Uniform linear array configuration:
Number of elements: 16
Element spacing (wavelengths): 0.75
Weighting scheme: kaiser
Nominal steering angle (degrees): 45
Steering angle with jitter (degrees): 45.546
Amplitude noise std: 0.05
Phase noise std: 0.05

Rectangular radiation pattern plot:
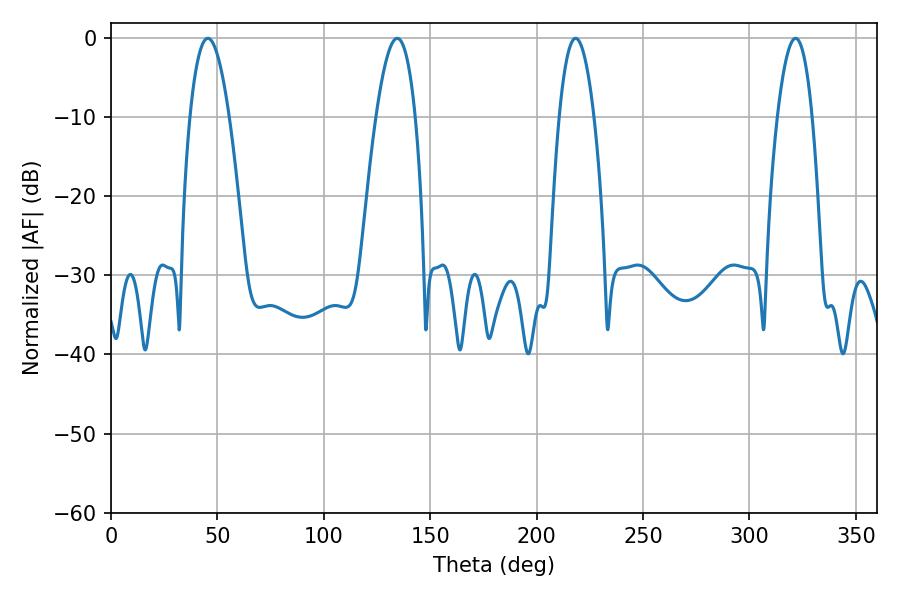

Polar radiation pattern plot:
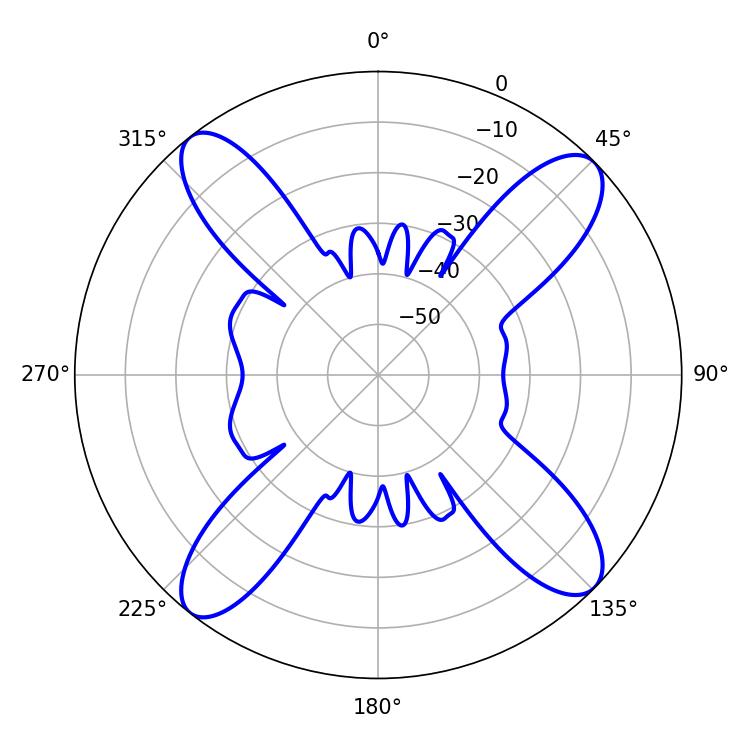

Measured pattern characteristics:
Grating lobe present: TRUE
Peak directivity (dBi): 15.066
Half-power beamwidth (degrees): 9
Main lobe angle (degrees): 218.34